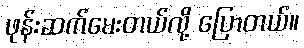
ဖုန်းဆက်မေးတယ်လို့ ပြောတယ်။